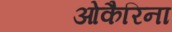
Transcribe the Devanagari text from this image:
ओकैरिना